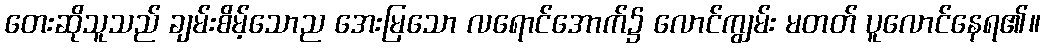
တေးဆိုသူသည် ချမ်းစိမ့်သောည အေးမြသော လရောင်အောက်၌ လောင်ကျွမ်း မတတ် ပူလောင်နေရ၏။